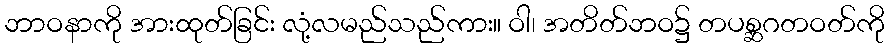
ဘာဝနာကို အားထုတ်ခြင်း လုံ့လမည်သည်ကား။ ဝါ၊ အတိတ်ဘဝ၌ တပစ္ဆဂတဝတ်ကို